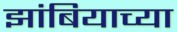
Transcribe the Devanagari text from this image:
झांबियाच्या